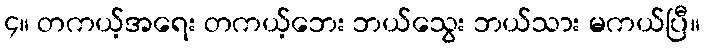
၄။ တကယ့်အရေး တကယ့်ဘေး ဘယ်သွေး ဘယ်သား မကယ်ပြီ။